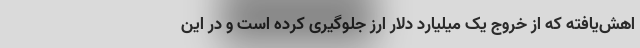
اهش‌یافته که از خروج یک میلیارد دلار ارز جلوگیری کرده است و در این